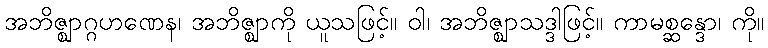
အဘိဇ္ဈာဂ္ဂဟဏေန၊ အဘိဇ္ဈာကို ယူသဖြင့်။ ဝါ၊ အဘိဇ္ဈာသဒ္ဒါဖြင့်။ ကာမစ္ဆန္ဒော၊ ကို။